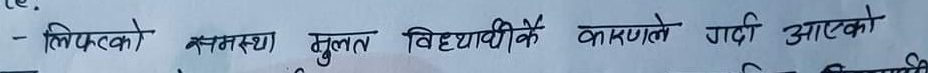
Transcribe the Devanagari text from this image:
- लिफ्टको अवस्था मुलत विद्यार्थीकै कारणले गडी आएको